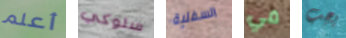
أعلم سلوكي السفلية في يجب